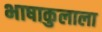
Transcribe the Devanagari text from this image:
भाषाकुलाला